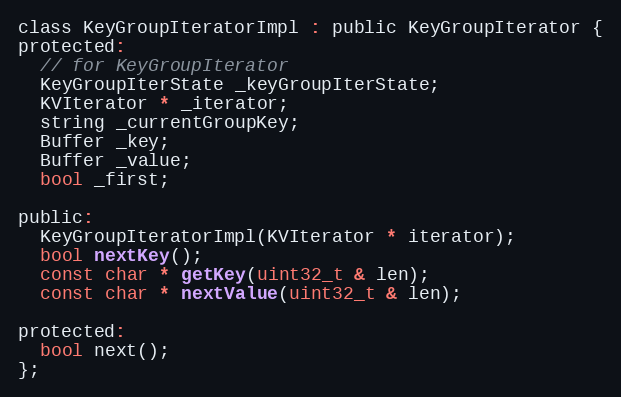
Language: C
class KeyGroupIteratorImpl : public KeyGroupIterator {
protected:
  // for KeyGroupIterator
  KeyGroupIterState _keyGroupIterState;
  KVIterator * _iterator;
  string _currentGroupKey;
  Buffer _key;
  Buffer _value;
  bool _first;

public:
  KeyGroupIteratorImpl(KVIterator * iterator);
  bool nextKey();
  const char * getKey(uint32_t & len);
  const char * nextValue(uint32_t & len);

protected:
  bool next();
};